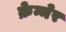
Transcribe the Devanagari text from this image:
क्रेन्मेर